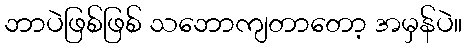
ဘာပဲဖြစ်ဖြစ် သဘောကျတာတော့ အမှန်ပဲ။